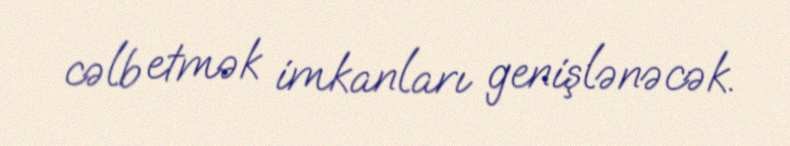
cəlb etmək imkanları genişlənəcək.